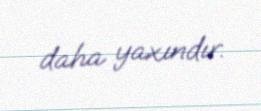
daha yaxındır.